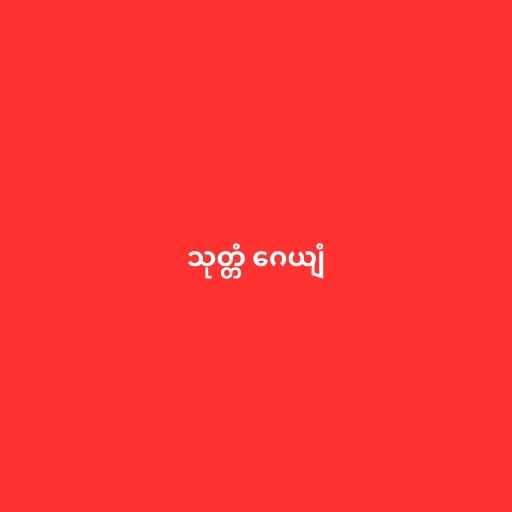
သုတ္တံ ဂေယျံ